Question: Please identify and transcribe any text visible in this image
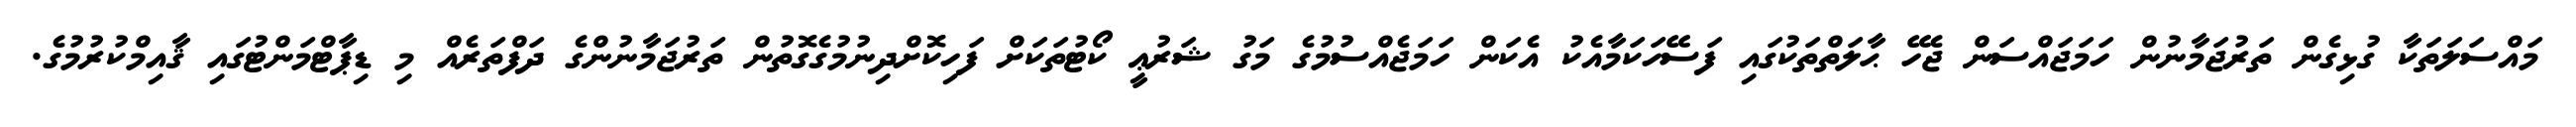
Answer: މައްސަލަތަކާ ގުޅިގެން ތަރުޖަމާނުން ހަމަޖައްސަން ޖެހޭ ޙާލަތްތަކުގައި ފަސޭހަކަމާއެކު އެކަން ހަމަޖެއްސުމުގެ މަގު ޝަރުޢީ ކޯޓުތަކަށް ފަހިކޮށްދިނުމުގެގޮތުން ތަރުޖަމާނުންގެ ދަފްތަރެއް މި ޑިޕާޓްމަންޓުގައި ޤާއިމްކުރުމުގެ.